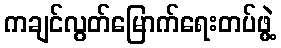
ကချင်လွတ်မြောက်ရေးတပ်ဖွဲ့